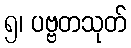
၅၊ ပဗ္ဗတသုတ်